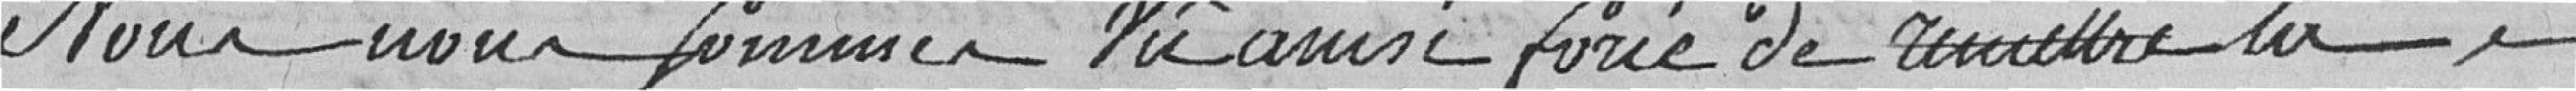
Nous nous sommes vus ainsi forcés de remettre la